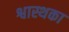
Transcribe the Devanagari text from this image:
श्वास्थका